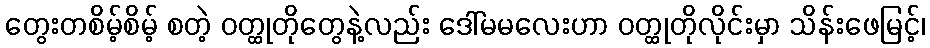
တွေးတစိမ့်စိမ့် စတဲ့ ဝတ္ထုတိုတွေနဲ့လည်း ဒေါ်မမလေးဟာ ဝတ္ထုတိုလိုင်းမှာ သိန်းဖေမြင့်၊